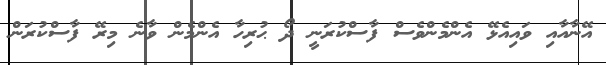
އޭނާއާއި ވައިއެޅޭ އެންމެންވެސް ފާސްކުރަނީ ދޯ ޙުރިހާ އެންމެން ވާނެ މިރޭ ފާސްކުރަން